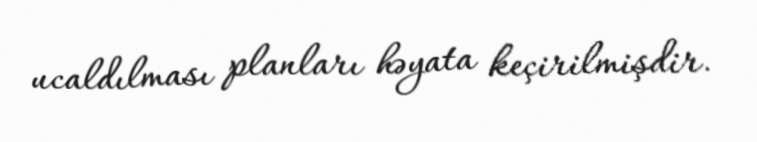
ucaldılması planları həyata keçirilmişdir.